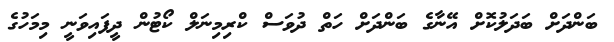
ބަންދަށް ބަދަލުކޮށް އޭނާގެ ބަންދަށް ހަތް ދުވަސް ކްރިމިނަލް ކޯޓުން ދީފައިވަނީ މިމަހުގެ